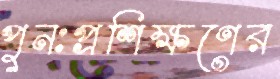
পুনঃপ্রশিক্ষণের